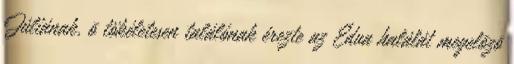
Júliának, õ tökéletesen találónak érezte az Edua halálát megelõzõ